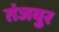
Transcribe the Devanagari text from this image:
तंजवुर